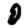
Digit: 0